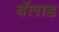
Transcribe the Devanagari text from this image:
बॅलाड